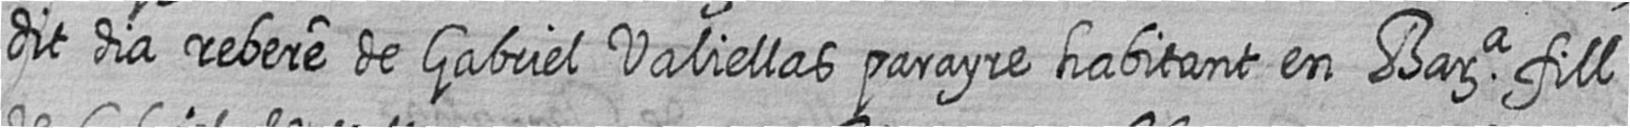
dit dia rebere de Gabriel Valiellas parayre habitant en Bara fill